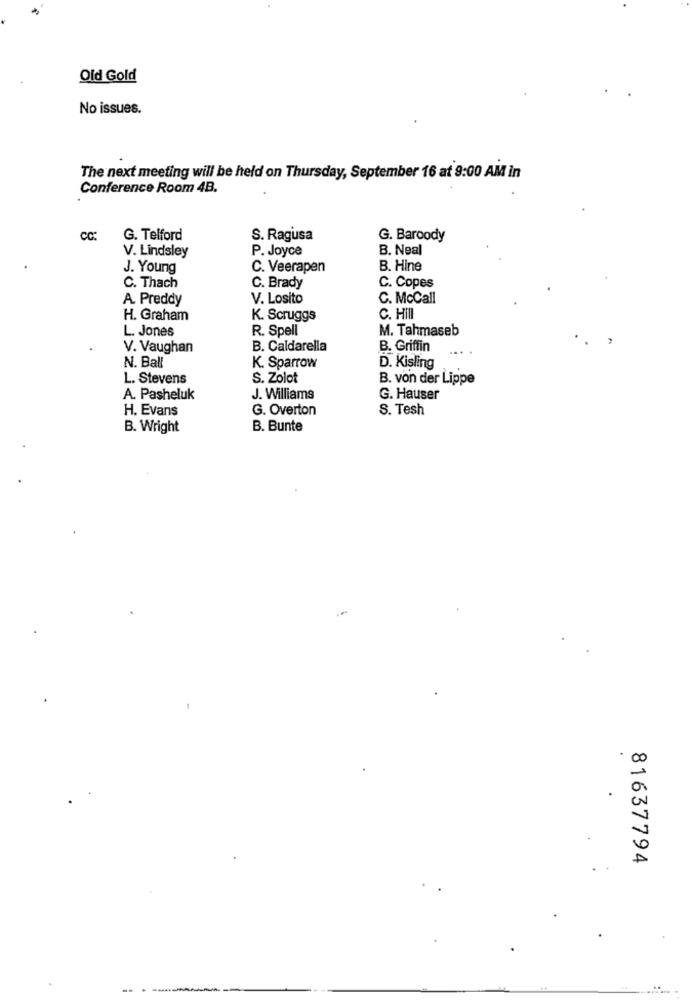
Old Gold
No issues.
The next meeting will be held on Thursday, September 16 at 9:00 AM in
Conference Room 4B.
CC:
G. Telford
S. Ragusa
G. Baroody
P. Joyce
B. Neal
V. Lindsley
J. Young
C. Veerapen
B. Hine
C. Thach
C. Brady
C. Copes
A. Preddy
V. Losito
C. McCall
H. Graham
K. Scruggs
C. Hill
L. Jones
R. Spell
M. Tahmaseb
V. Vaughan
B. Caldarella
B. Griffin
N. Ball
K. Sparrow
D. Kisling
L. Stevens
S. Zolot
B. von der Lippe
A. Pasheluk
J. Williams
G. Hauser
H. Evans
G. Overton
S. Tesh
B. Wright
B. Bunte
00
A
81637794